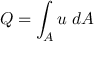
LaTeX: Q = \int _ { A } u \; d A